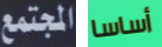
المجتمع أساسا